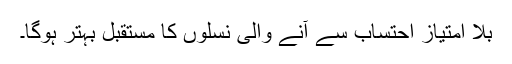
بلا امتیاز احتساب سے آنے والی نسلوں کا مستقبل بہتر ہوگا۔